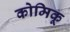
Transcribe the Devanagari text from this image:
कोमिकू